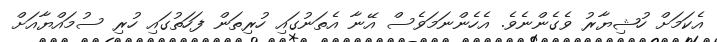
އެކަމަށް ހުޝިޔާރު ވެގެންނެވެ. އެހެންނަމަވެސް އޭނާ އެތަނުގައި ހުރިތަން ފަހަތުގައި ހުރި ސުމައްޔާއަށް